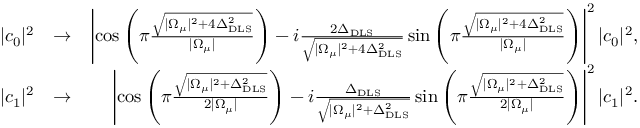
\begin{array} { r l r } { | c _ { 0 } | ^ { 2 } } & { \rightarrow } & { \left| \cos \left( \pi \frac { \sqrt { | \Omega _ { \mu } | ^ { 2 } + 4 \Delta _ { \mathrm { D L S } } ^ { 2 } } } { | \Omega _ { \mu } | } \right) - i \frac { 2 \Delta _ { \mathrm { D L S } } } { \sqrt { | \Omega _ { \mu } | ^ { 2 } + 4 \Delta _ { \mathrm { D L S } } ^ { 2 } } } \sin \left( \pi \frac { \sqrt { | \Omega _ { \mu } | ^ { 2 } + 4 \Delta _ { \mathrm { D L S } } ^ { 2 } } } { | \Omega _ { \mu } | } \right) \right| ^ { 2 } | c _ { 0 } | ^ { 2 } , } \\ { | c _ { 1 } | ^ { 2 } } & { \rightarrow } & { \left| \cos \left( \pi \frac { \sqrt { | \Omega _ { \mu } | ^ { 2 } + \Delta _ { \mathrm { D L S } } ^ { 2 } } } { 2 | \Omega _ { \mu } | } \right) - i \frac { \Delta _ { \mathrm { D L S } } } { \sqrt { | \Omega _ { \mu } | ^ { 2 } + \Delta _ { \mathrm { D L S } } ^ { 2 } } } \sin \left( \pi \frac { \sqrt { | \Omega _ { \mu } | ^ { 2 } + \Delta _ { \mathrm { D L S } } ^ { 2 } } } { 2 | \Omega _ { \mu } | } \right) \right| ^ { 2 } | c _ { 1 } | ^ { 2 } . } \end{array}